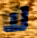
لا